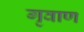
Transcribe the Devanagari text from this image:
गृवाण